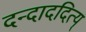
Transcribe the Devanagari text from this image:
दन्दाददित्य्